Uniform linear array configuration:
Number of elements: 16
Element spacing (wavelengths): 0.25
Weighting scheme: binomial
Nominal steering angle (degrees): -60
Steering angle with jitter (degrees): -60.226
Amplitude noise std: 0.05
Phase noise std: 0.05

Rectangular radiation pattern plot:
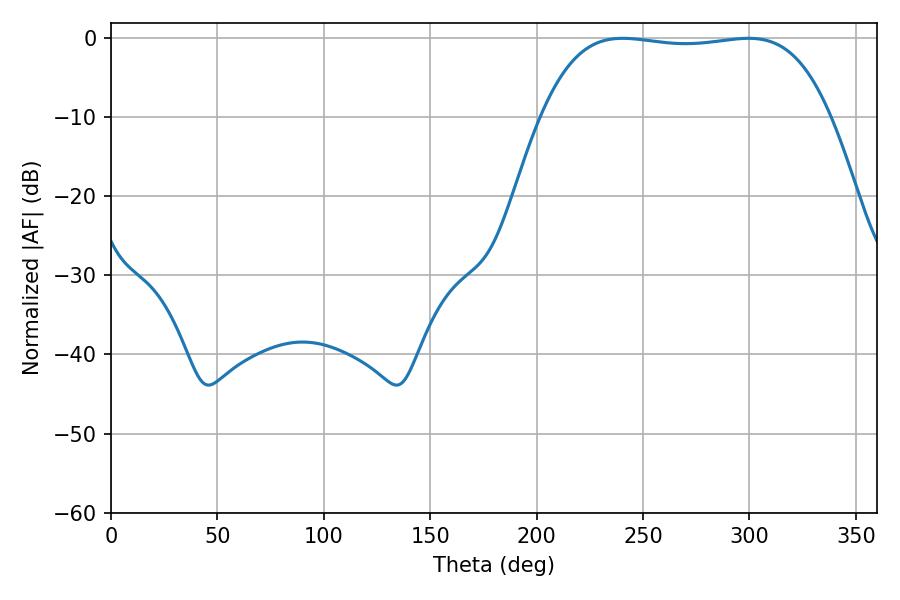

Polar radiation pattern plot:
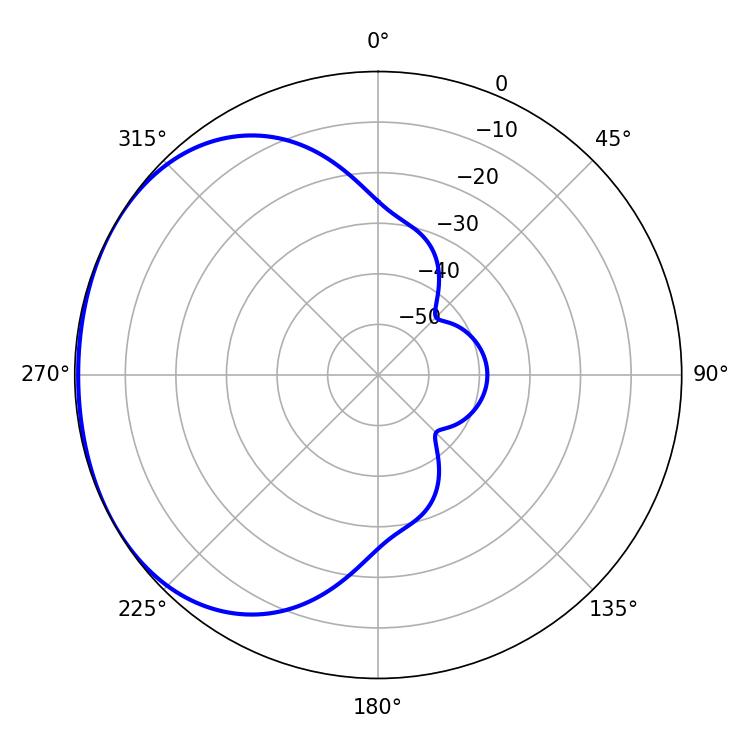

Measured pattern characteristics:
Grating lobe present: FALSE
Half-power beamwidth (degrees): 106.92
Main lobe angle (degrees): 240.48